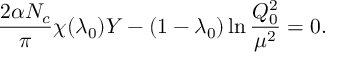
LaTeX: { \frac { 2 \alpha N _ { c } } { \pi } } \chi ( \lambda _ { 0 } ) Y - ( 1 - \lambda _ { 0 } ) \ln { \frac { Q _ { 0 } ^ { 2 } } { \mu ^ { 2 } } } = 0 .